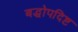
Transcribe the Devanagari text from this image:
बद्धोपदिष्ट